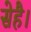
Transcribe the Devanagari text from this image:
सेहै।